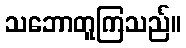
သဘောတူကြသည်။